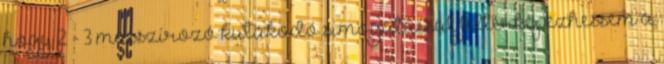
hogy 2 - 3 masszírozó kutakodó simogatással feltérképezhessem a